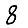
Digit: 8